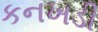
કનખડી